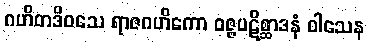
ဂဟိတဒိဝသေ ရာဇဂဟိကော ဝဇ္ဇပဋိစ္ဆာဒနံ ဝါသေန